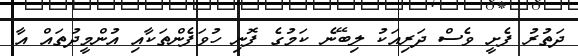
ދަތުރު ފެށީ ވެސް ދަރިއަކު ލިބޭނެ ކަމުގެ ފޮނި ހުވަފެންތަކާއި އުންމީދުތައް އާ